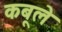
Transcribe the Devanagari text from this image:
कबूले